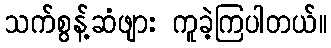
သက်စွန့်ဆံဖျား ကူခဲ့ကြပါတယ်။